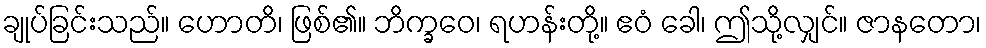
ချုပ်ခြင်းသည်။ ဟောတိ၊ ဖြစ်၏။ ဘိက္ခဝေ၊ ရဟန်းတို့။ ဧဝံ ခေါ၊ ဤသို့လျှင်။ ဇာနတော၊